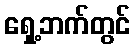
ရှေ့ဘက်တွင်